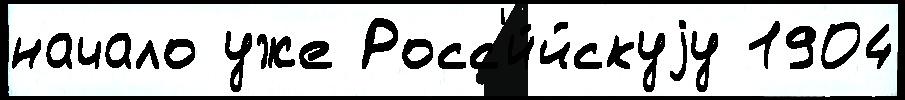
начало уже Росс'и́йскуjу 1904